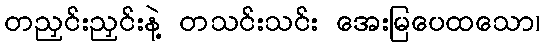
တညှင်းညှင်းနဲ့ တသင်းသင်း အေးမြပေထသော၊